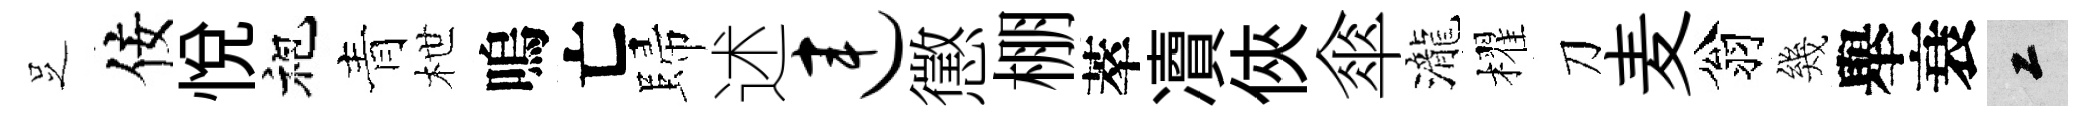
𠯁佞悦袍青枻嗚亡歸述连懲棚萃凟俠傘瀧櫂刀麦翁幾舉衰工